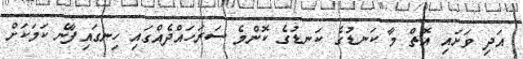
އަދި ވަށައި އޮތް މާ ކަނޑުގެ ކަނޑުގެ ކޮންމެ ސަރަހައްދެއްގައި ހިނގަައިފާނެ ކަމަކަށް